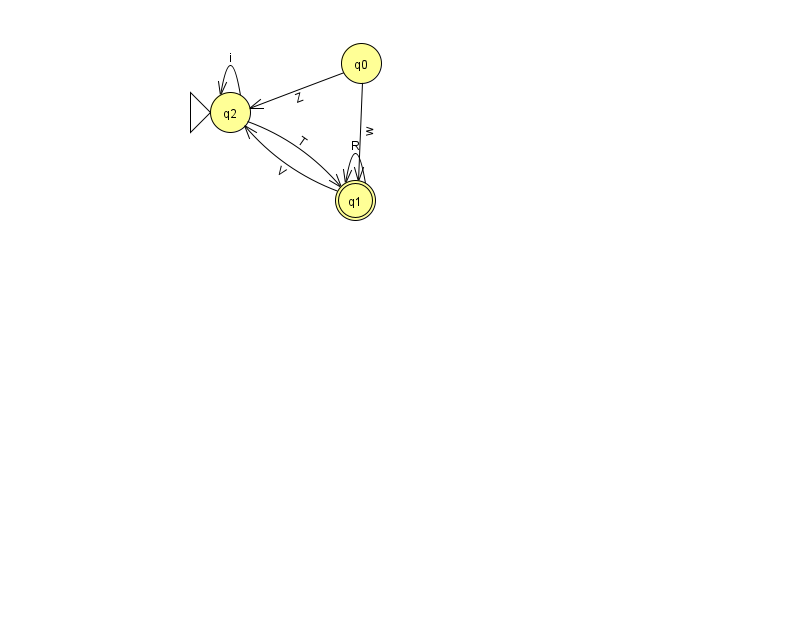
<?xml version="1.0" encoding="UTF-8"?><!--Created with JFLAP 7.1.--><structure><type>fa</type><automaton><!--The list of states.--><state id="0" name="q0"><x>361.0</x><y>50.0</y></state><state id="1" name="q1"><x>355.0</x><y>187.0</y><final/></state><state id="2" name="q2"><x>230.0</x><y>99.0</y><initial/></state><!--The list of transitions.--><transition><from>0</from><to>2</to><read>Z</read></transition><transition><from>1</from><to>1</to><read>R</read></transition><transition><from>2</from><to>1</to><read>T</read></transition><transition><from>1</from><to>2</to><read>V</read></transition><transition><from>2</from><to>2</to><read>i</read></transition><transition><from>0</from><to>1</to><read>w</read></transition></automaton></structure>